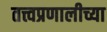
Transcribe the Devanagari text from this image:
तत्त्वप्रणालीच्या